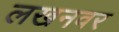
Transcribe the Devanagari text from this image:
लखनवर